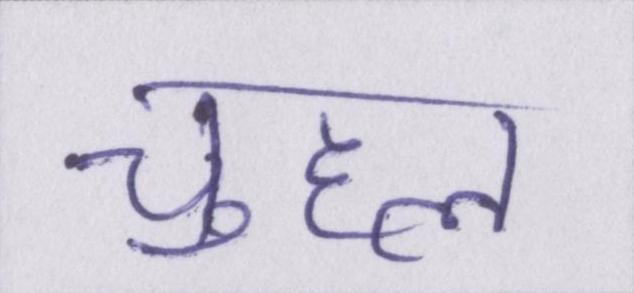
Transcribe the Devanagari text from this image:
चुहल